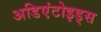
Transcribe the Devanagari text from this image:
अडिएंटोइड्स